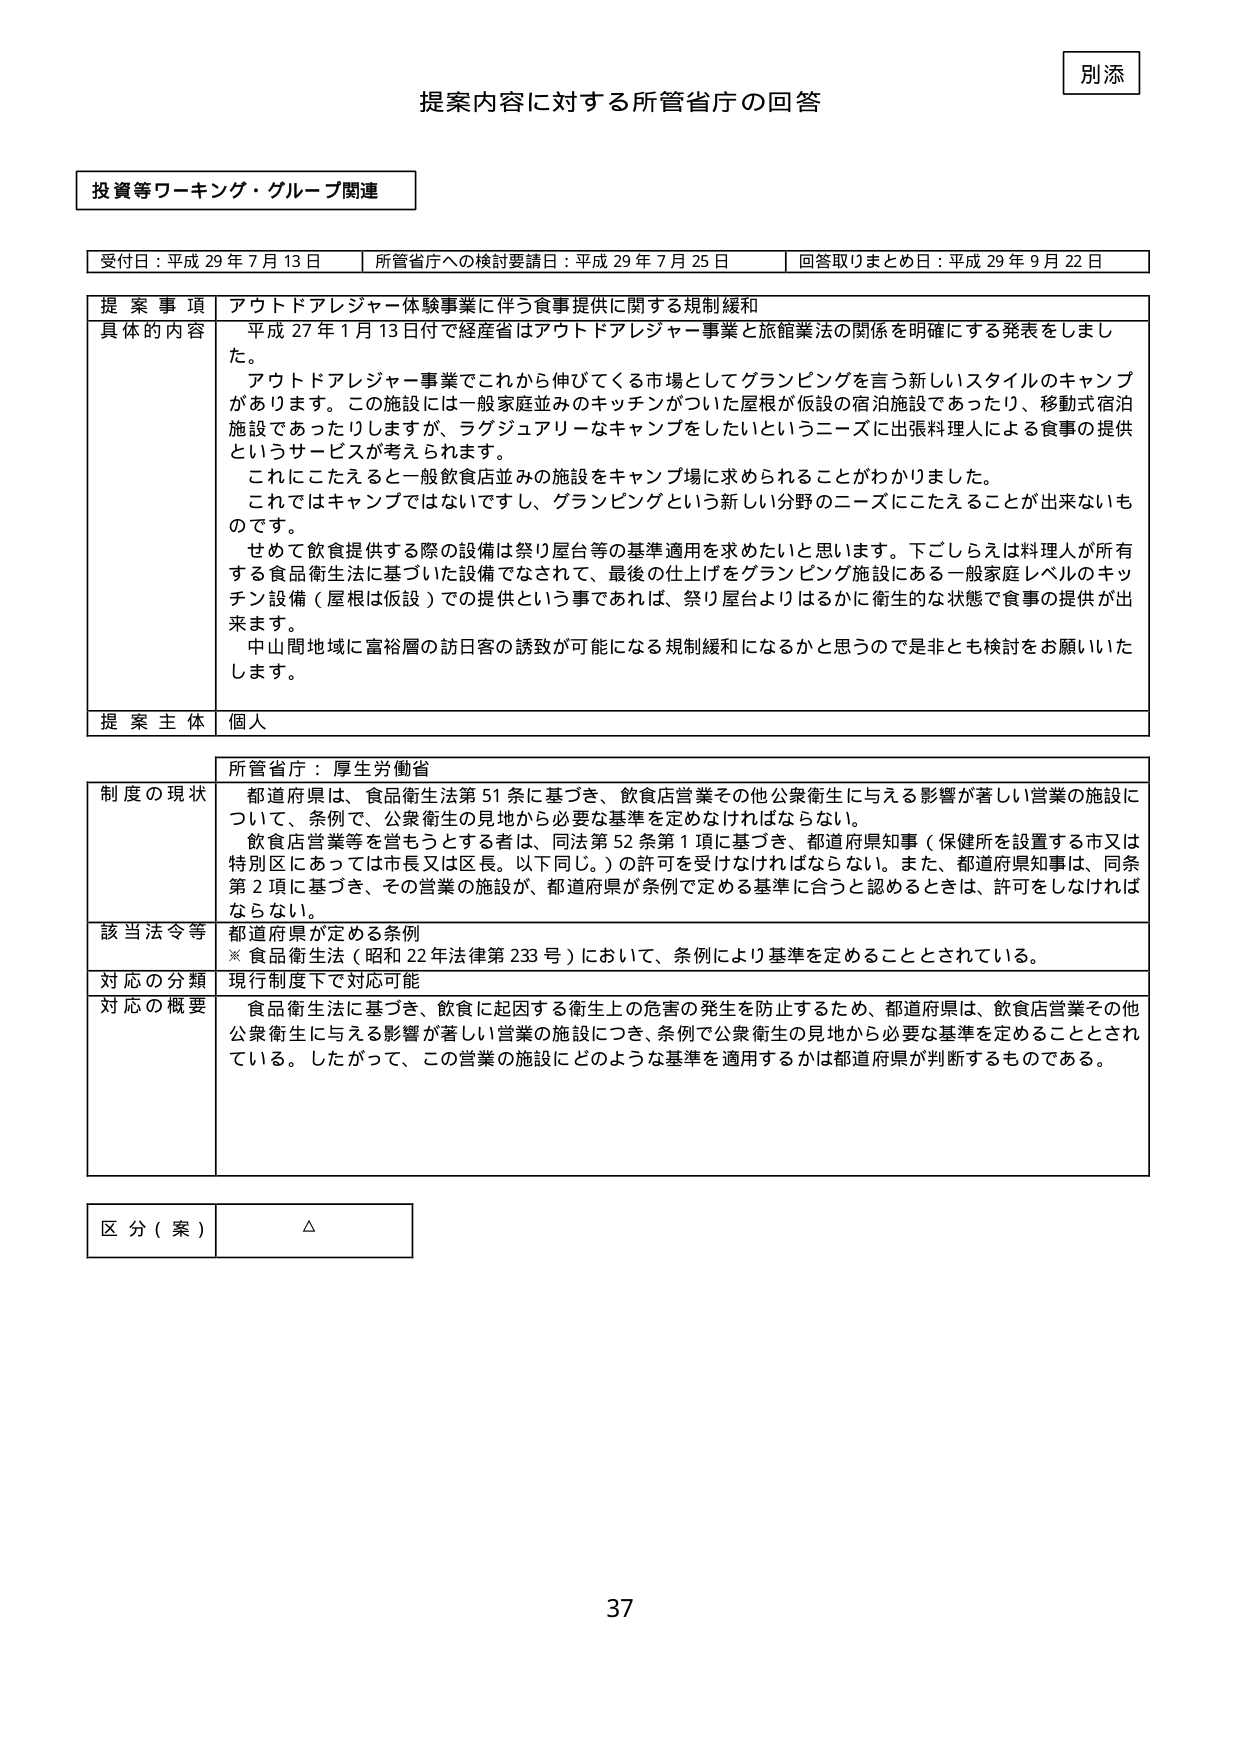
別添

提案内容に対する所管省庁の回答

投資等ワーキング・グループ関連

受付日：平成 29 年 7 月 13 日　　所管省庁への検討要請日：平成 29 年 7 月 25 日　　回答取りまとめ日：平成 29 年 9 月 22 日

提 案 事 項　アウトドアレジャー体験事業に伴う食事提供に関する規制緩和

具体的 内容　平成 27 年 1 月 13 日付で経産省はアウトドアレジャー事業と旅館業法の関係を明確にする発表をしました。
　　　　　アウトドアレジャー事業でこれから伸びてくる市場としてグランピングを言う新しいスタイルのキャンプがあります。この施設は一般家庭並みのキッチンがついた屋根が仮設の宿泊施設であったり、移動式宿泊施設であったりしますが、ラグジュアリーなキャンプをしたいというニーズに出張料理人による食事の提供というサービスが考えられます。
　　　　　これにこたえると一般飲食店並みの施設をキャンプ場に求められることがわかりました。
　　　　　これではキャンプではないですし、グランピングという新しい分野のニーズにこたえることが出来ないものです。
　　　　　せめて飲食提供する際の設備は祭り屋台等の基準適用を求めたいと思います。下ごしらえは料理人が所有する食品衛生法に基づいた設備でなされて、最後の仕上げをグランピング施設にある一般家庭レベルのキッチン設備（屋根は仮設）での提供という事であれば、祭り屋台よりはるかに衛生的な状態で食事の提供が出来ます。
　　　　　中山間地域に富裕層の訪日客の誘致が可能になる規制緩和になるかと思うので是非とも検討をお願いいたします。

提 案 主 体　個人

所管省庁：厚生労働省

制度の現状　都道府県は、食品衛生法第 51 条に基づき、飲食店営業その他公衆衛生に与える影響が著しい営業の施設について、条例で、公衆衛生の見地から必要な基準を定めなければならない。
　　　　　飲食店営業等を営もうとする者は、同法第 52 条第 1 項に基づき、都道府県知事（保健所を設置する市又は特別区にあっては市長又は区長。以下同じ。）の許可を受けなければならない。また、都道府県知事は、同条第 2 項に基づき、その営業の施設が、都道府県が条例で定める基準に合うと認めるときは、許可をしなければならない。

該当法令等　都道府県が定める条例
　　　　　※ 食品衛生法（昭和 22 年法律第 233 号）において、条例により基準を定めることとされている。

対応の分類　現行制度下で対応可能

対応の概要　食品衛生法に基づき、飲食に起因する衛生上の危害の発生を防止するため、都道府県は、飲食店営業その他公衆衛生に与える影響が著しい営業の施設につき、条例で公衆衛生の見地から必要な基準を定めることとされている。したがって、この営業の施設にどのような基準を適用するかは都道府県が判断するものである。

区 分（案）　△

37